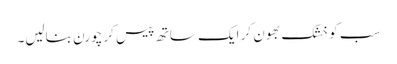
سب کو خشک بھون کر ایک ساتھ پیس کر چورن بنالیں۔